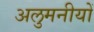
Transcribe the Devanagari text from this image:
अलुमनीयों